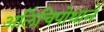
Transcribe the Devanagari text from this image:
अलिंचिपोथाने